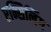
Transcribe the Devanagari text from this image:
एन्सिलिंग